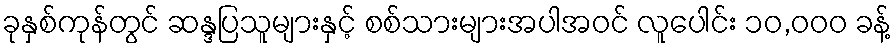
ခုနှစ်ကုန်တွင် ဆန္ဒပြသူများနှင့် စစ်သားများအပါအဝင် လူပေါင်း ၁၀,၀၀၀ ခန့်